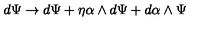
d \Psi \rightarrow d \Psi + \eta \alpha \wedge d \Psi + d \alpha \wedge \Psi